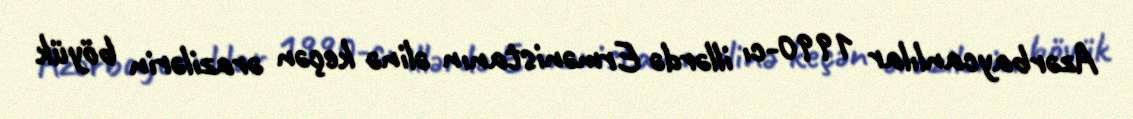
Azərbaycanlılar 1990-cı illərdə Ermənistanın əlinə keçən ərazilərin böyük